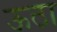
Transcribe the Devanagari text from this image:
ऊठा